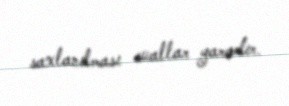
saxlanılması suallar yaradır.